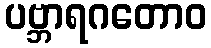
ပဗ္ဘာရဂတောဝ